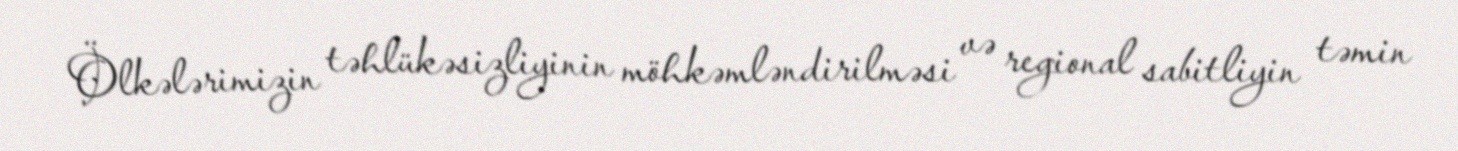
Ölkələrimizin təhlükəsizliyinin möhkəmləndirilməsi və regional sabitliyin təmin